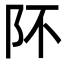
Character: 阫